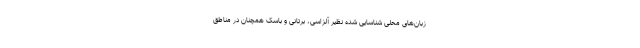
زبان‌های محلی شناسایی شده نظیر آلزاسی، برتانی و باسک همچنان در مناطق